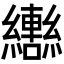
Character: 𬘍